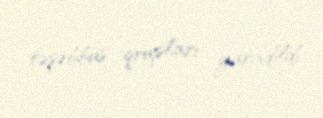
təşəbbüs qrupları yaradıldı.